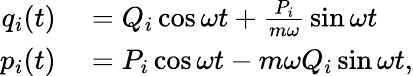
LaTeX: \begin{array}{rl}{q_{i}(t)}&{{}=Q_{i}\cos{\omega t}+{\frac{P_{i}}{m\omega}}\sin{\omega t}}\\ {p_{i}(t)}&{{}=P_{i}\cos{\omega t}-m\omega Q_{i}\sin{\omega t},}\end{array}